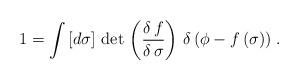
LaTeX: \begin{align*}1 = \int \, [d \sigma] \, \det \, \left(\frac{\delta \, f}{\delta \,\sigma}\right) \, \delta \, (\phi - f \, (\sigma)) \; .\end{align*}